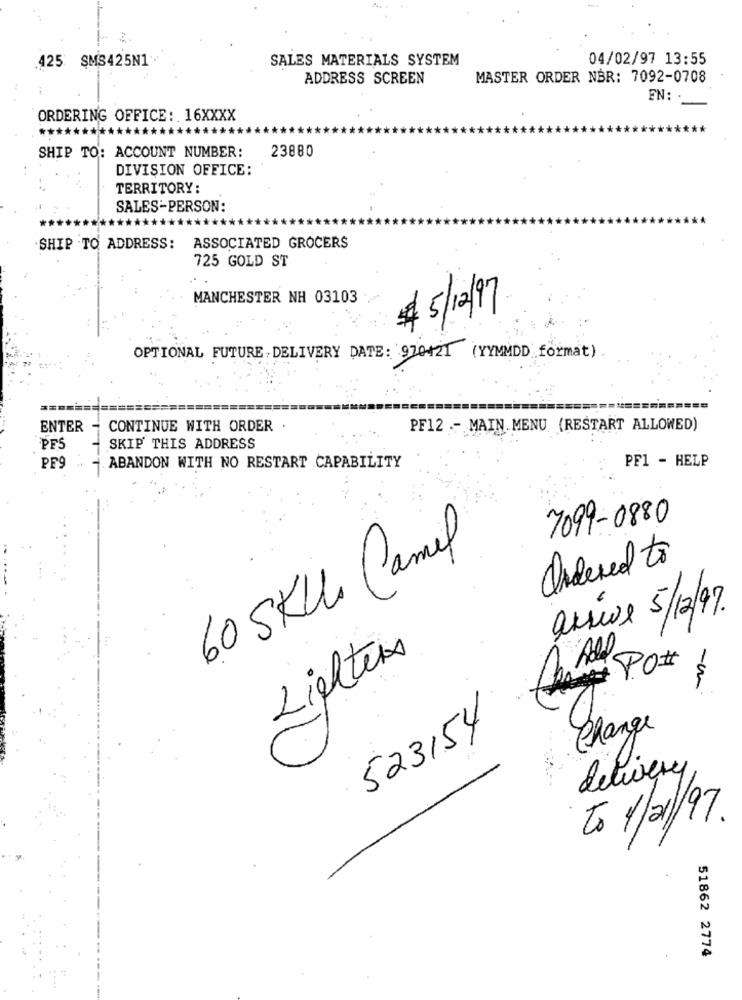
425 SMS425N1
SALES MATERIALS SYSTEM
04/02/97 13:55
ADDRESS SCREEN
MASTER ORDER NBR: 7092-0708
EN:
ORDERING OFFICE: 16XXXX
******
****
SHIP TO: ACCOUNT NUMBER:
23880
DIVISION OFFICE:
TERRITORY:
SALES-PERSON:
SHIP TO ADDRESS:
ASSOCIATED GROCERS
725 GOLD ST
MANCHESTER NH 03103
2 5/12/97
OPTIONAL FUTURE DELIVERY DATE: 970421 (YYMMDD format)
ENTER - CONTINUE WITH ORDER
PF12 - MAIN MENU (RESTART ALLOWED)
PFS
SKIP THIS ADDRESS
PF1 - HELP
PES
ABANDON WITH NO RESTART CAPABILITY
7099-0880
60 SKUL Camel
Ordered to
arrive 5/12/97.
Lighters
$
523154
Change
delivery
to 1/21/97.
51862 2774